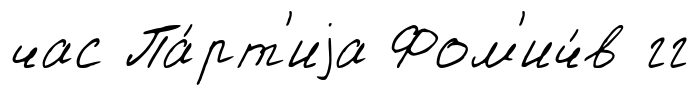
час Па́рт'иjа Фом'ич́в гг